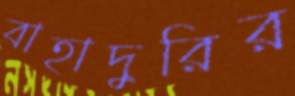
বাহাদুরির